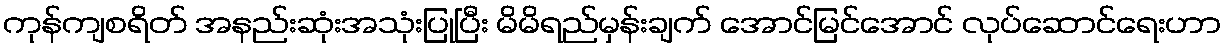
ကုန်ကျစရိတ် အနည်းဆုံးအသုံးပြုပြီး မိမိရည်မှန်းချက် အောင်မြင်အောင် လုပ်ဆောင်ရေးဟာ